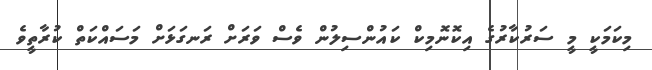
މިކަމަކީ މީ ސަރުކާރުގެ އިކޮނޮމިކް ކައުންސިލުން ވެސް ވަރަށް ރަނގަޅަށް މަަސައްކަތް ކުރާތީވެ